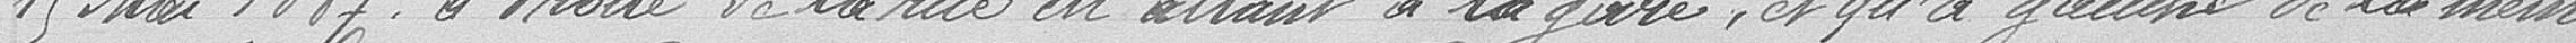
15 mai 1887, à droite de la rue en allant à la gare, et qu'à gauche de la même